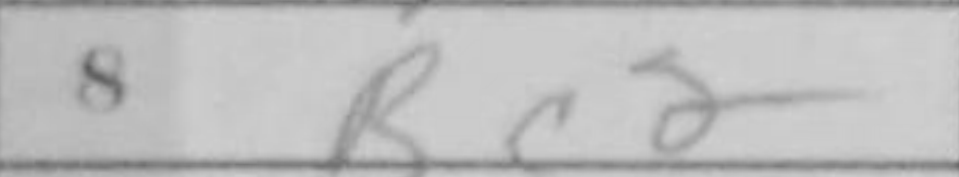
Transcription: Bc2